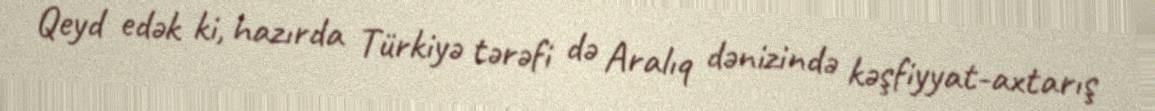
Qeyd edək ki, hazırda Türkiyə tərəfi də Aralıq dənizində kəşfiyyat-axtarış